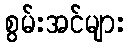
စွမ်းအင်များ